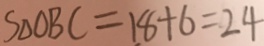
S _ { \Delta O B C } = 1 8 + 6 = 2 4